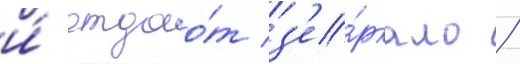
и́ отдао́т з'е́ркало /